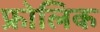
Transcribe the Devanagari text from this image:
फ्रोलिक